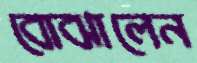
বোঝালেন